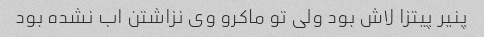
پنیر پیتزا لاش بود ولی تو ماکرو وی نزاشتن اب نشده بود